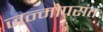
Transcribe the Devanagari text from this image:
जन्मोपरांत